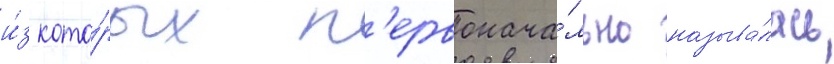
и́з кото́рых п'ервонача́льно называ́лась